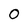
Character: 0